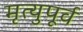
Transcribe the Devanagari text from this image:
मृत्युपूर्व